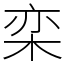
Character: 栾